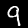
Label: 9